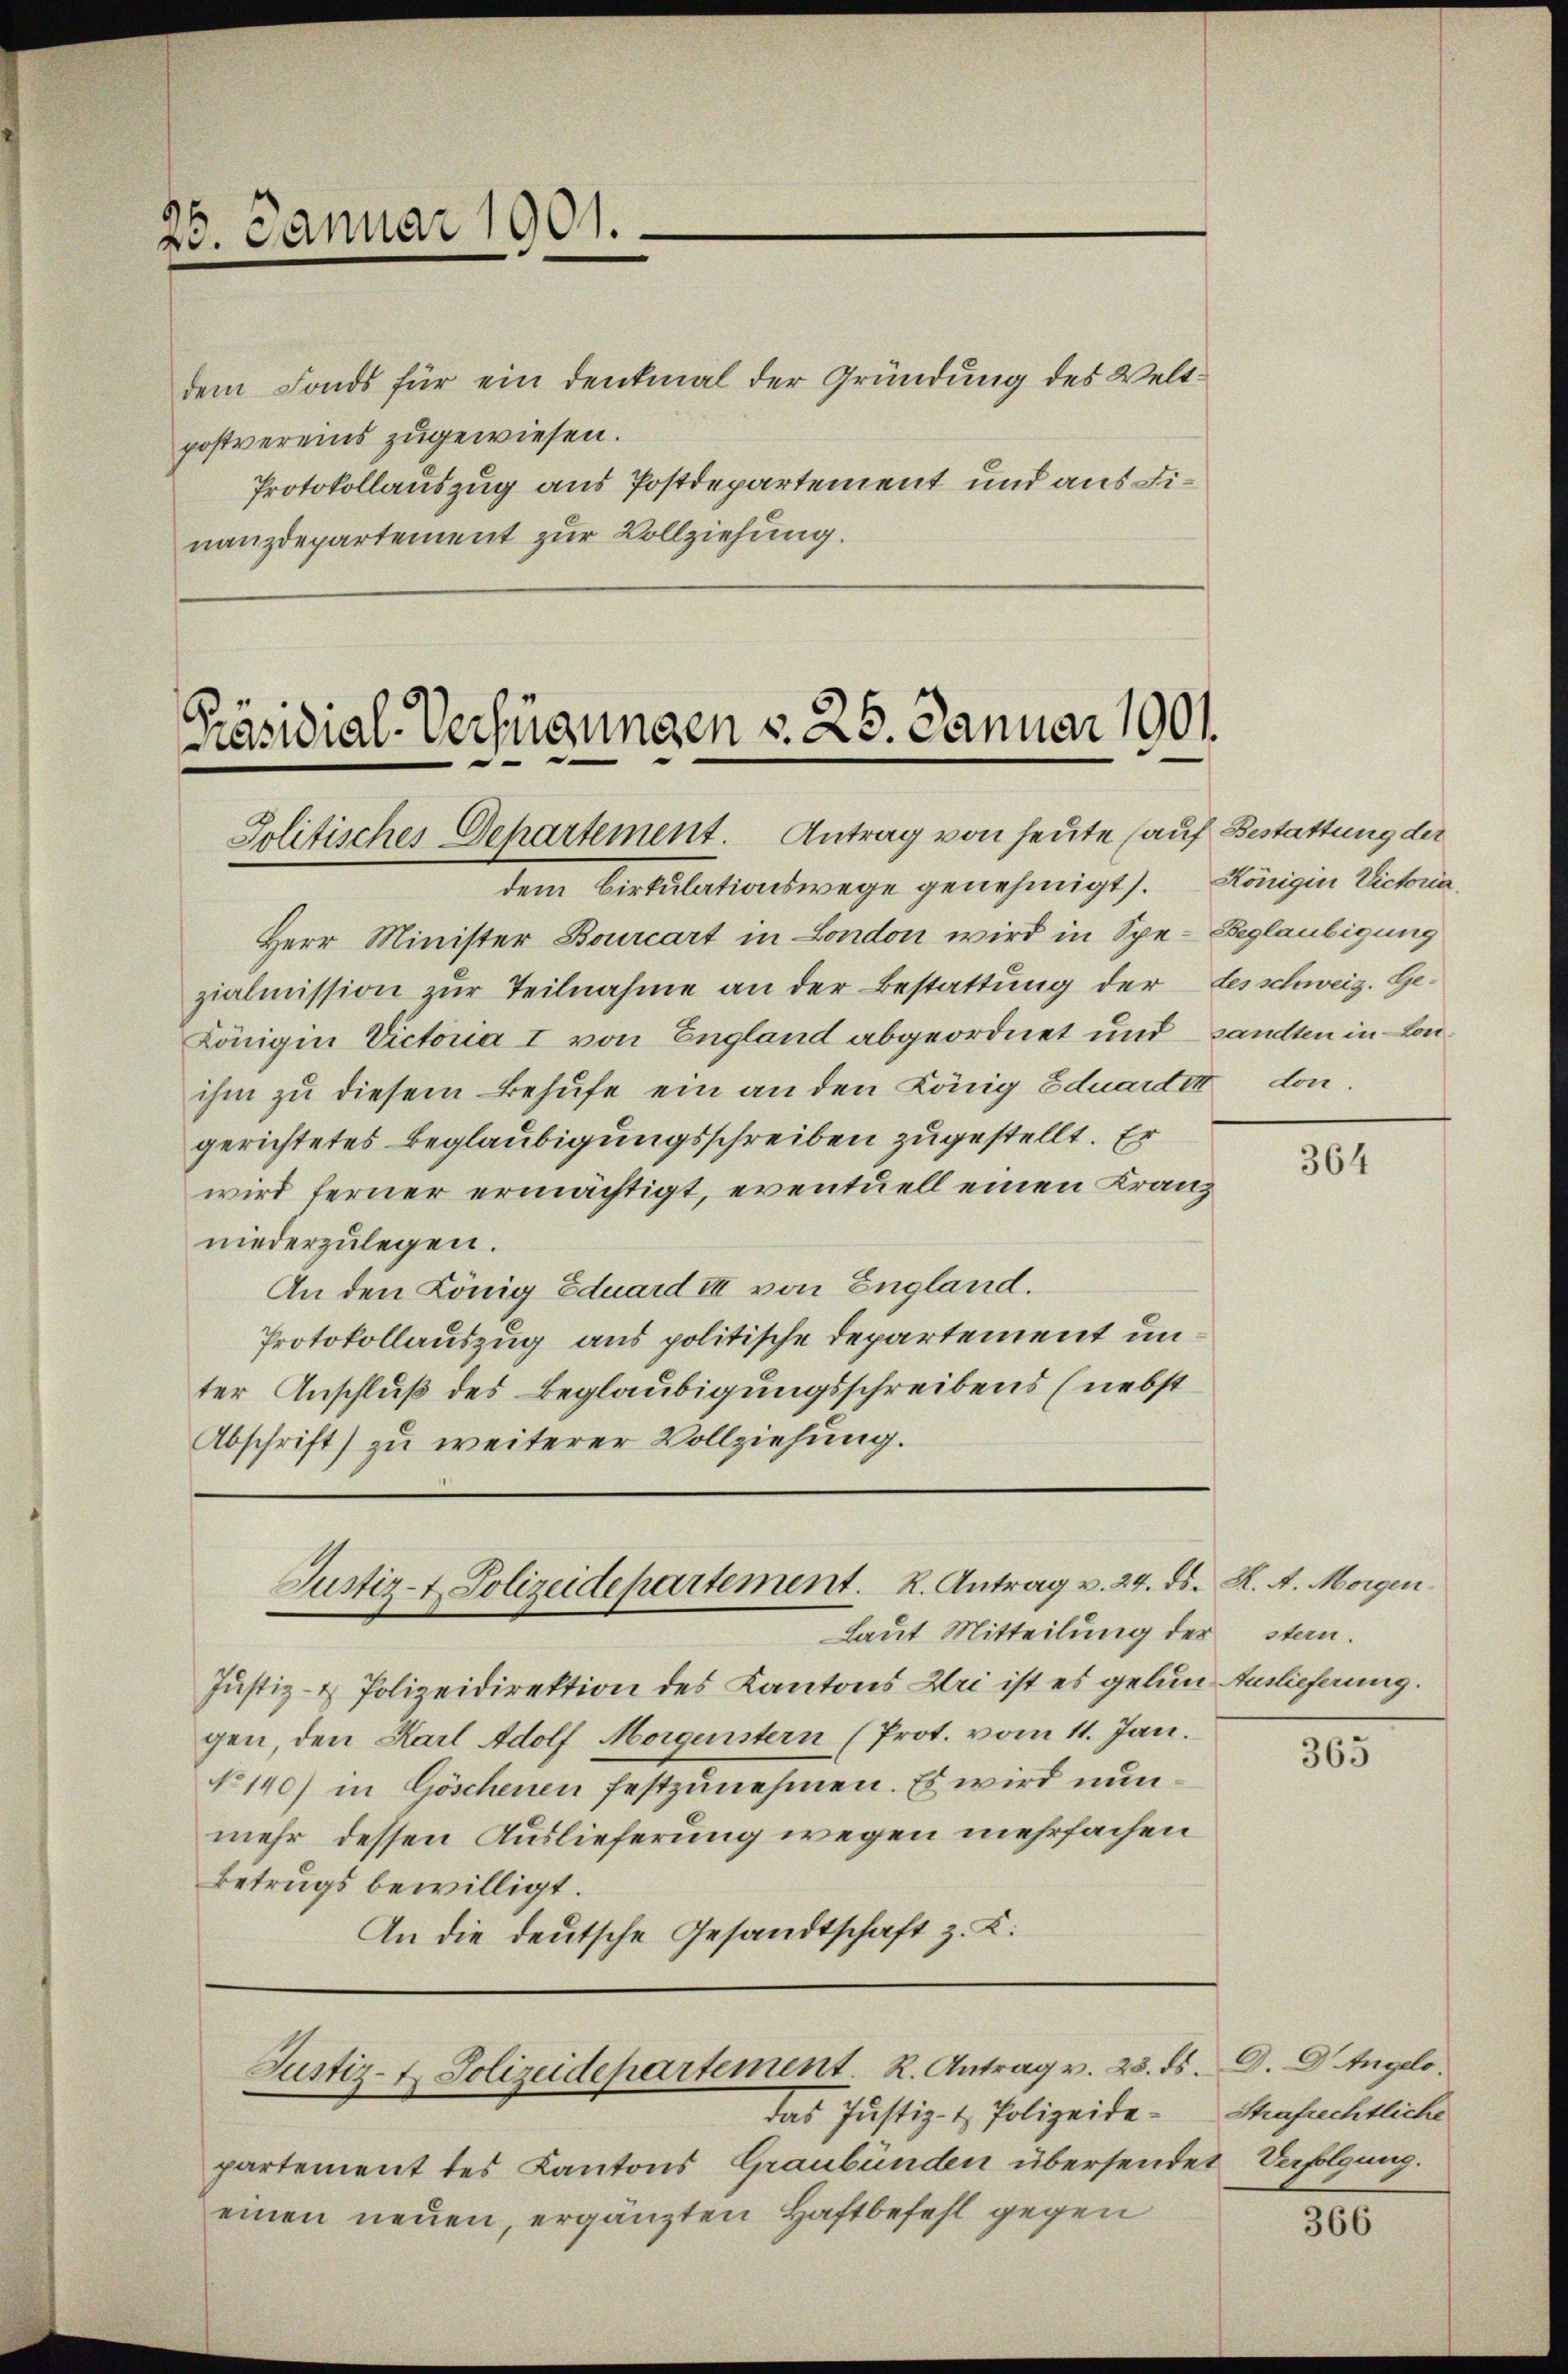
25. Januar 1901.

dem Fonds für ein Denkmal der Gründung des Weltpostvereins zugewiesen.
Protokollauszug aus Postdepartement und aus Dinanzdepartement zur Vollziehung.

Präsidial-Verfügungen d. 25. Januar 1901
Jolitisches Departement. Antrag von heute (auf Bestattung der

dem Birkulationswege genehmigt). Königin Victoria.
Herr Minister Bourcart in London wird in Spe-Beglaubigung
zialmission zur Teilnahme an der Bestattung der Lesschweiz. Ge¬
Königin Victoria I von England abgeordnet und sandten in Lonihm zu diesem Behufe ein an den König Eduardet don
gerichtetes Beglaubigungsschreiben zugestellt. Er
wird ferner ermächtigt, eventuell einen Kranz
niederzulegen.
An den König Eduard III von England.
Protokollauszug aus politische Departement unter Anschluß des Beglaubigungsschreibens (nebst
Abschrift) zu weiterer Vollziehung.

Justiz- & Polizeidepartement. K. Antrag v. 24. ds. K. A. Morgen
Laut Mitteilung der

Justiz- Polizeidepartement. R. Antrag v. 23. ds. D. Dr. Angelo.

das Justiz- & Polizeidepartement des Kantons Graubünden übersendet Verfolgung.
einen neuen, ergänzten Haftbefehl gegen

Justiz- & Polizeidirektion des Kantons Uri ist es gelun Auslieferung.
gen den Karl Adolf Morgenstern (Prot. vom 11. Jan.
No 140) in Göschenen festzunehmen. Es wird nunmehr dessen Auslieferung wegen mehrfachen
Betrugs bewilligt.
An die deutsche Gesandtschaft z. K.

364

stern.

365

Strafrechtliche

366